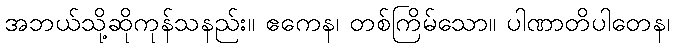
အဘယ်သို့ဆိုကုန်သနည်း။ ဧကေန၊ တစ်ကြိမ်သော။ ပါဏာတိပါတေန၊